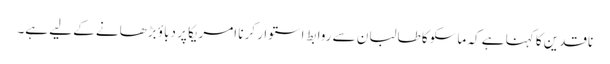
ناقدین کا کہنا ہے کہ ماسکو کا طالبان سے روابط استوار کرنا امریکا پر دباؤ بڑھانے کے لیے ہے۔